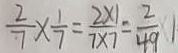
\frac { 2 } { 7 } \times \frac { 1 } { 7 } = \frac { 2 \times 1 } { 7 \times 7 } = \frac { 2 } { 4 9 }